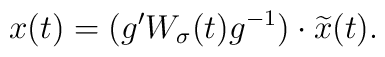
x(t) 	 = ( g' W_\sigma (t) g^{-1} ) \cdot \widetilde{x}(t).